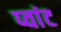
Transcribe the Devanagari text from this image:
प्वांट